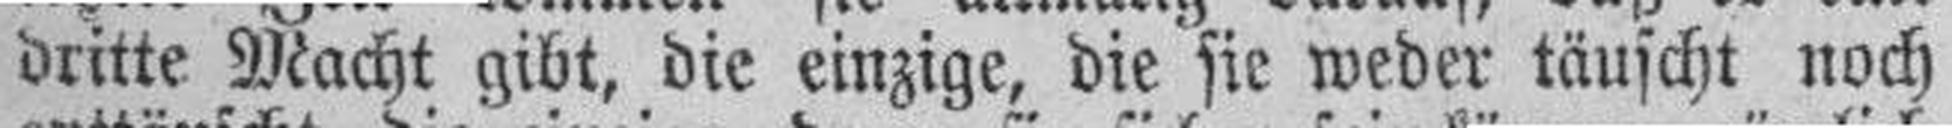
dritte Macht gibt, die einzige, die sie weder täuscht noch